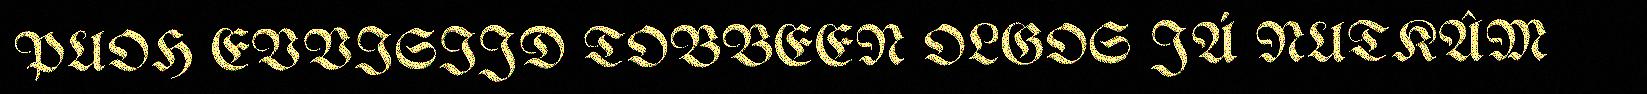
PUOH EVVISIJD TOBBEEN OLGOS JÁ NUTKÂM